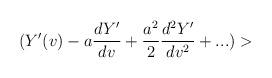
LaTeX: \begin{align*}(Y'(v)-a{dY'\over dv}+ {a^2\over 2}{d^2Y'\over dv^2}+...)>\end{align*}